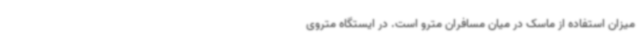
میزان استفاده از ماسک در میان مسافران مترو است. در ایستگاه متروی